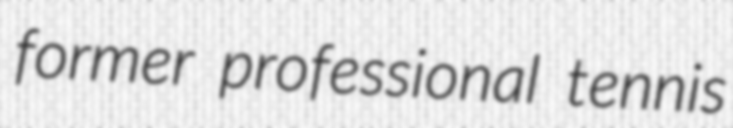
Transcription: former professional tennis